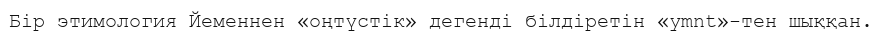
Бір этимология Йеменнен «оңтүстік» дегенді білдіретін «ymnt»-тен шыққан.